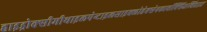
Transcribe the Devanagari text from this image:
हाइड्रोक्सीमीथाइलपेन्टाइलसाइक्लोहेक्सेनकार्बोक्सिअल्डिहाइड